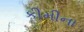
કીમીના